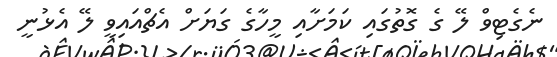
ނެގެޓިވް ލޭ ގެ ގޮތުގައި ކަމަށާއި މީހާގެ ގަޔަށް އެޗްއައިވީ ލޭ އެޅުނީ